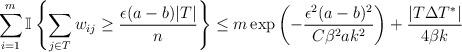
LaTeX: \begin{align*} \sum_{i=1}^{m} \mathbb{I}\left\{ \sum_{j \in T}w_{ij} \ge\frac{\epsilon(a-b)|T|}{n} \right\} \le m \exp \left( - \frac{\epsilon^2 (a-b)^2}{C\beta^2 a k^2} \right) + \frac{|T \Delta T^*|}{4\beta k}\end{align*}